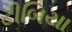
ટીબિયા